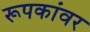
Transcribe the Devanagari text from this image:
रूपकांवर